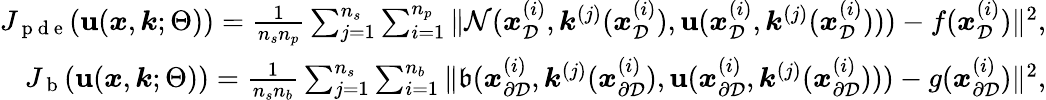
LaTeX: \begin{array}{r}{J_{\mathrm{~p~d~e~}}(\textbf{u}(\boldsymbol{x},\boldsymbol{k};\Theta))=\frac{1}{n_{s}n_{p}}\sum_{j=1}^{n_{s}}\sum_{i=1}^{n_{p}}\| \mathcal{N}(\boldsymbol{x}_{\mathcal{D}}^{(i)},\boldsymbol{k}^{(j)}(\boldsymbol{x}_{\mathcal{D}}^{(i)}),\textbf{u}(\boldsymbol{x}_{\mathcal{D}}^{(i)},\boldsymbol{k}^{(j)}(\boldsymbol{x}_{\mathcal{D}}^{(i)})))-f(\boldsymbol{x}_{\mathcal{D}}^{(i)})\| ^{2},}\\ {J_{\mathrm{~b~}}(\textbf{u}(\boldsymbol{x},\boldsymbol{k};\Theta))=\frac{1}{n_{s}n_{b}}\sum_{j=1}^{n_{s}}\sum_{i=1}^{n_{b}}\| \mathfrak{b}(\boldsymbol{x}_{\partial\mathcal{D}}^{(i)},\boldsymbol{k}^{(j)}(\boldsymbol{x}_{\partial\mathcal{D}}^{(i)}),\textbf{u}(\boldsymbol{x}_{\partial\mathcal{D}}^{(i)},\boldsymbol{k}^{(j)}(\boldsymbol{x}_{\partial\mathcal{D}}^{(i)})))-g(\boldsymbol{x}_{\partial\mathcal{D}}^{(i)})\| ^{2},}\end{array}